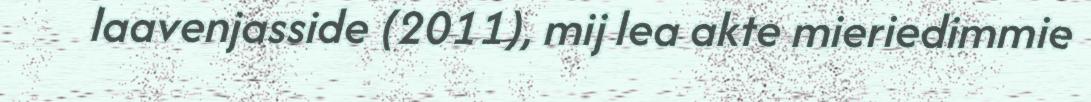
laavenjasside (2011), mij lea akte mieriedimmie